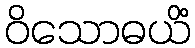
ဝိသောဓယိံ